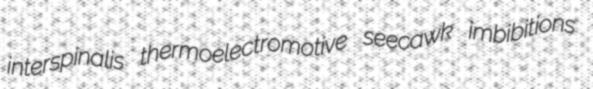
interspinalis thermoelectromotive seecawk imbibitions